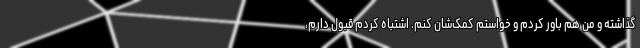
گذاشته و من هم باور کردم و خواستم کمک‌شان کنم. اشتباه کردم قبول دارم،